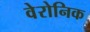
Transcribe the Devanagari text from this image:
वेरोनिक